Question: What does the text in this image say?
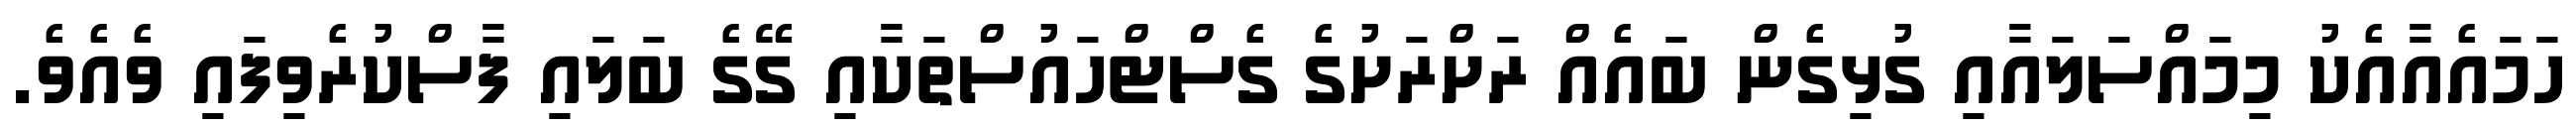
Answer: ހަމައެއާއެކު މިމައްސަލައާއި ގުޅިގެން ބައެއް ރަށްރަށުގެ ގެސްޓްހައުސްތަކާއި ގޭގެ ބަލައި ފާސްކުރެވިފައި ވެއެވެ.